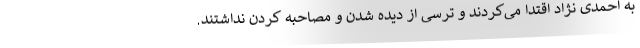
به احمدی نژاد اقتدا می‌کردند و ترسی از دیده شدن و مصاحبه کردن نداشتند.